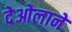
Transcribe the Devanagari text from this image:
देओलाने